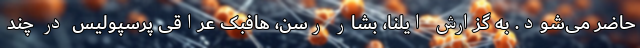
حاضر می‌شود. به گزارش ایلنا، بشار رسن، هافبک عراقی پرسپولیس در چند